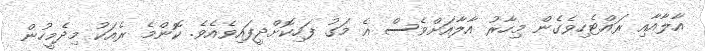
އާލާއާއި ރައްޓެހިވެގެން މިހާރު އާލާއަށްވެސް އެ މަގު ފަހިކޮށްދީފައިވެއެވެ. ކޮންމެ ރެއަކު މިދެމީހުން